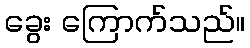
ခွေး ကြောက်သည်။